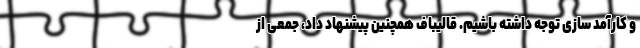
و کارآمد سازی توجه داشته باشیم. قالیباف همچنین پیشنهاد داد، جمعی از